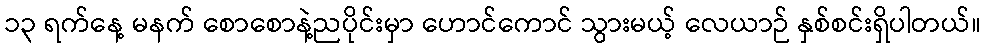
၁၃ ရက်နေ့ မနက် စောစောနဲ့ညပိုင်းမှာ ဟောင်ကောင် သွားမယ့် လေယာဉ် နှစ်စင်းရှိပါတယ်။